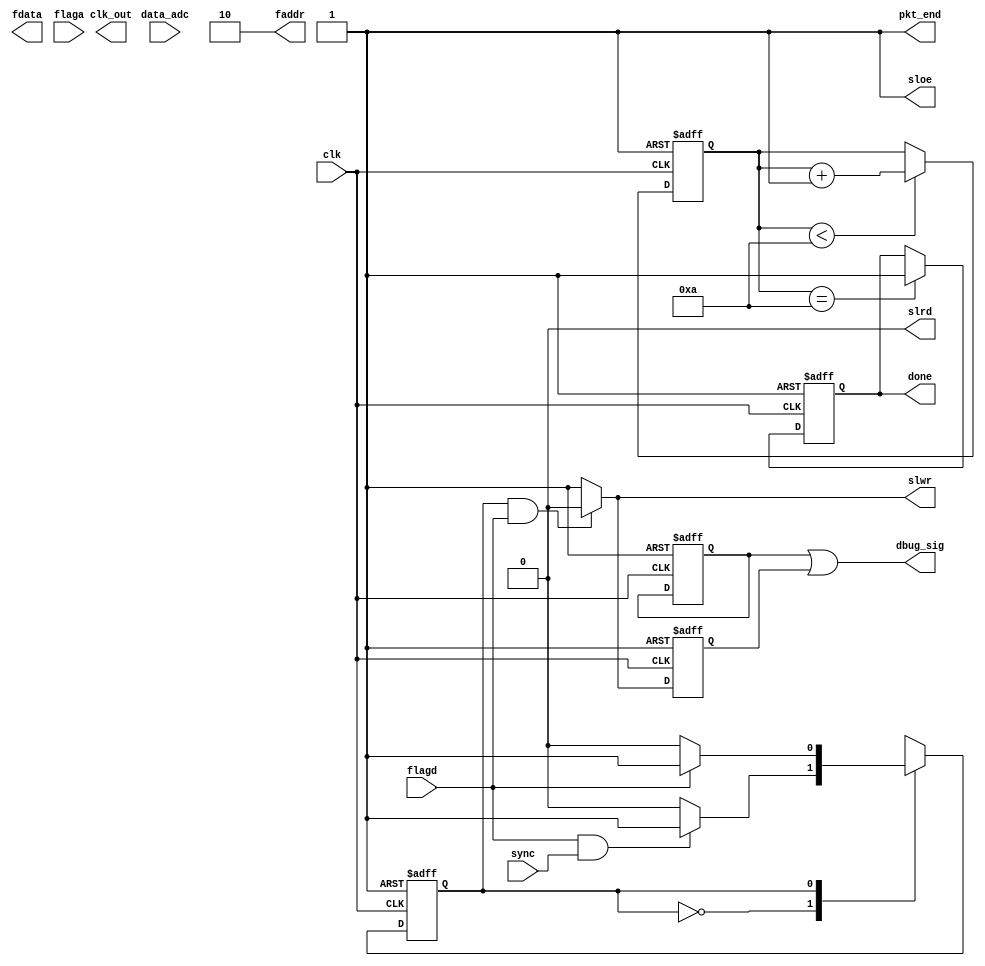
module fx2lp_slaveFIFO2b_streamIN_fpga_top(
	fdata,  
   faddr,  
   slrd,   
   slwr,   
   sloe,              
   flagd,  
   flaga,  
   clk,    
   clk_out,
	pkt_end,
	done,
	sync,
	dbug_sig,
	data_adc
);

output [15:0]fdata;
input [11:0] data_adc;
input flaga;
input flagd;
input clk;

output clk_out; 
output [1:0]faddr;
output sloe;
output slwr;
output slrd;
output pkt_end;
output done;
input sync;

output dbug_sig;

reg slrd_d_n;

reg [7:0] fifo_data_in;
reg [7:0] fifo_data_out;
reg [15:0] data_out2;
//reg [7:0] data_out2;

reg slrd_n;
reg slwr_n;
reg sloe_n;


wire reset_n;
wire reset = 1'b0; //1'b0;

parameter stream_in_idle   = 1'b0;
parameter stream_in_write  = 1'b1;

reg current_stream_in_state;
reg next_stream_in_state;

reg done_d;
reg [3:0]wait_s;

wire clk_out_0;
wire clk_out_90;
wire clk_out_180;
wire clk_out_270;

reg [6:0]count;

assign reset_n = ~reset;

assign clk_out_0 = clk;
assign slwr = slwr_n;
assign slrd = slrd_n;
assign sloe = sloe_n;
assign pkt_end = 1'b1;
//assign fdata[7:0] = data_out2[7:0];
assign fdata[15:0] = data_out2[15:0];
assign faddr = 2'b10;
assign done = done_d;

initial
	begin
	
		slrd_n = 1'b0; //1'b0
		slwr_n = 1'b1; //1'b1
		sloe_n = 1'b1; //1'b1
	
	end


always@(posedge clk_out_0, negedge reset_n) begin
	if(reset_n == 1'b0)begin
		done_d <= 1'b0;
 	end else if(wait_s == 4'd10) begin
		done_d <= 1'b1;

	end
end	

always@(posedge clk_out_0, negedge reset_n) begin
	if(reset_n == 1'b0)begin
		wait_s <= 4'd0;
 	end else if(wait_s < 4'd10) begin
		wait_s <= wait_s + 1'b1;

	end
end	


//1'b0;
//write control signal generation
always@(*)begin
	if((current_stream_in_state == stream_in_write) & (flagd == 1'b1))
		slwr_n <= 1'b0;
	else
		slwr_n <= 1'b1;
end

//dbugging 
reg flagd_d;
reg slwr_n_d;

always@(posedge clk_out_0, negedge reset_n) begin
	if(reset_n == 1'b0)begin
		flagd_d  <= 1'b0;
		slwr_n_d <= 1'b1;
 	end else begin
		flagd_d  <= flagd_d;
		slwr_n_d <= slwr_n;
	end
end	

assign dbug_sig = flagd_d | slwr_n_d;

//loopback mode state machine 
always@(posedge clk_out_0, negedge reset_n) begin
	if(reset_n == 1'b0)
      		current_stream_in_state <= stream_in_idle;
        else
                current_stream_in_state <= next_stream_in_state;
end

//LoopBack mode state machine combo
always@(*) begin
	next_stream_in_state = current_stream_in_state;
	case(current_stream_in_state)
		stream_in_idle:begin
			if((flagd == 1'b1) & (sync == 1'b1))
				next_stream_in_state = stream_in_write;
			else
				next_stream_in_state = stream_in_idle;
		end
		stream_in_write:begin
			if(flagd == 1'b0)
				next_stream_in_state = stream_in_idle;
			else
				next_stream_in_state = stream_in_write;
		end
		default: 
			next_stream_in_state = stream_in_idle;
	endcase
end


//data generator counter

/*always@(posedge clk_out_0, negedge reset_n)begin
	if(reset_n == 1'b0)
		data_out2 <= 8'd0;//data_out1 <= 16'd0;
	else if(slwr_n == 1'b0)
		//data_out1 <= {4'd0, data_adc};
		count <= count+1;
	   case (count)
			 8'b00000000: data_out2 <= 8'b01111111;
			 8'b00000001: data_out2 <= 8'b10000010;
			 8'b00000010: data_out2 <= 8'b10000101;
			 8'b00000011: data_out2 <= 8'b10001000;
			 8'b00000100: data_out2 <= 8'b10001011;
			 8'b00000101: data_out2 <= 8'b10001111;
			 8'b00000110: data_out2 <= 8'b10010010;
			 8'b00000111: data_out2 <= 8'b10010101;
			 8'b00001000: data_out2 <= 8'b10011000;
			 8'b00001001: data_out2 <= 8'b10011011;
			 8'b00001010: data_out2 <= 8'b10011110;
			 8'b00001011: data_out2 <= 8'b10100001;
			 8'b00001100: data_out2 <= 8'b10100100;
			 8'b00001101: data_out2 <= 8'b10100111;
			 8'b00001110: data_out2 <= 8'b10101010;
			 8'b00001111: data_out2 <= 8'b10101101;
			 8'b00010000: data_out2 <= 8'b10110000;
			 8'b00010001: data_out2 <= 8'b10110011;
			 8'b00010010: data_out2 <= 8'b10110101;
			 8'b00010011: data_out2 <= 8'b10111000;
			 8'b00010100: data_out2 <= 8'b10111011;
			 8'b00010101: data_out2 <= 8'b10111110;
			 8'b00010110: data_out2 <= 8'b11000001;
			 8'b00010111: data_out2 <= 8'b11000011;
			 8'b00011000: data_out2 <= 8'b11000110;
			 8'b00011001: data_out2 <= 8'b11001000;
			 8'b00011010: data_out2 <= 8'b11001011;
			 8'b00011011: data_out2 <= 8'b11001101;
			 8'b00011100: data_out2 <= 8'b11010000;
			 8'b00011101: data_out2 <= 8'b11010010;
			 8'b00011110: data_out2 <= 8'b11010101;
			 8'b00011111: data_out2 <= 8'b11010111;
			 8'b00100000: data_out2 <= 8'b11011001;
			 8'b00100001: data_out2 <= 8'b11011011;
			 8'b00100010: data_out2 <= 8'b11011101;
			 8'b00100011: data_out2 <= 8'b11011111;
			 8'b00100100: data_out2 <= 8'b11100001;
			 8'b00100101: data_out2 <= 8'b11100011;
			 8'b00100110: data_out2 <= 8'b11100101;
			 8'b00100111: data_out2 <= 8'b11100111;
			 8'b00101000: data_out2 <= 8'b11101001;
			 8'b00101001: data_out2 <= 8'b11101011;
			 8'b00101010: data_out2 <= 8'b11101100;
			 8'b00101011: data_out2 <= 8'b11101110;
			 8'b00101100: data_out2 <= 8'b11101111;
			 8'b00101101: data_out2 <= 8'b11110001;
			 8'b00101110: data_out2 <= 8'b11110010;
			 8'b00101111: data_out2 <= 8'b11110011;
			 8'b00110000: data_out2 <= 8'b11110101;
			 8'b00110001: data_out2 <= 8'b11110110;
			 8'b00110010: data_out2 <= 8'b11110111;
			 8'b00110011: data_out2 <= 8'b11111000;
			 8'b00110100: data_out2 <= 8'b11111001;
			 8'b00110101: data_out2 <= 8'b11111010;
			 8'b00110110: data_out2 <= 8'b11111010;
			 8'b00110111: data_out2 <= 8'b11111011;
			 8'b00111000: data_out2 <= 8'b11111100;
			 8'b00111001: data_out2 <= 8'b11111100;
			 8'b00111010: data_out2 <= 8'b11111101;
			 8'b00111011: data_out2 <= 8'b11111101;
			 8'b00111100: data_out2 <= 8'b11111101;
			 8'b00111101: data_out2 <= 8'b11111110;
			 8'b00111110: data_out2 <= 8'b11111110;
			 8'b00111111: data_out2 <= 8'b11111110;
			 8'b01000000: data_out2 <= 8'b11111110;
			 8'b01000001: data_out2 <= 8'b11111110;
			 8'b01000010: data_out2 <= 8'b11111110;
			 8'b01000011: data_out2 <= 8'b11111110;
			 8'b01000100: data_out2 <= 8'b11111101;
			 8'b01000101: data_out2 <= 8'b11111101;
			 8'b01000110: data_out2 <= 8'b11111100;
			 8'b01000111: data_out2 <= 8'b11111100;
			 8'b01001000: data_out2 <= 8'b11111011;
			 8'b01001001: data_out2 <= 8'b11111011;
			 8'b01001010: data_out2 <= 8'b11111010;
			 8'b01001011: data_out2 <= 8'b11111001;
			 8'b01001100: data_out2 <= 8'b11111000;
			 8'b01001101: data_out2 <= 8'b11110111;
			 8'b01001110: data_out2 <= 8'b11110110;
			 8'b01001111: data_out2 <= 8'b11110101;
			 8'b01010000: data_out2 <= 8'b11110100;
			 8'b01010001: data_out2 <= 8'b11110011;
			 8'b01010010: data_out2 <= 8'b11110001;
			 8'b01010011: data_out2 <= 8'b11110000;
			 8'b01010100: data_out2 <= 8'b11101111;
			 8'b01010101: data_out2 <= 8'b11101101;
			 8'b01010110: data_out2 <= 8'b11101011;
			 8'b01010111: data_out2 <= 8'b11101010;
			 8'b01011000: data_out2 <= 8'b11101000;
			 8'b01011001: data_out2 <= 8'b11100110;
			 8'b01011010: data_out2 <= 8'b11100100;
			 8'b01011011: data_out2 <= 8'b11100010;
			 8'b01011100: data_out2 <= 8'b11100000;
			 8'b01011101: data_out2 <= 8'b11011110;
			 8'b01011110: data_out2 <= 8'b11011100;
			 8'b01011111: data_out2 <= 8'b11011010;
			 8'b01100000: data_out2 <= 8'b11011000;
			 8'b01100001: data_out2 <= 8'b11010110;
			 8'b01100010: data_out2 <= 8'b11010011;
			 8'b01100011: data_out2 <= 8'b11010001;
			 8'b01100100: data_out2 <= 8'b11001111;
			 8'b01100101: data_out2 <= 8'b11001100;
			 8'b01100110: data_out2 <= 8'b11001010;
			 8'b01100111: data_out2 <= 8'b11000111;
			 8'b01101000: data_out2 <= 8'b11000100;
			 8'b01101001: data_out2 <= 8'b11000010;
			 8'b01101010: data_out2 <= 8'b10111111;
			 8'b01101011: data_out2 <= 8'b10111100;
			 8'b01101100: data_out2 <= 8'b10111010;
			 8'b01101101: data_out2 <= 8'b10110111;
			 8'b01101110: data_out2 <= 8'b10110100;
			 8'b01101111: data_out2 <= 8'b10110001;
			 8'b01110000: data_out2 <= 8'b10101110;
			 8'b01110001: data_out2 <= 8'b10101011;
			 8'b01110010: data_out2 <= 8'b10101000;
			 8'b01110011: data_out2 <= 8'b10100110;
			 8'b01110100: data_out2 <= 8'b10100011;
			 8'b01110101: data_out2 <= 8'b10011111;
			 8'b01110110: data_out2 <= 8'b10011100;
			 8'b01110111: data_out2 <= 8'b10011001;
			 8'b01111000: data_out2 <= 8'b10010110;
			 8'b01111001: data_out2 <= 8'b10010011;
			 8'b01111010: data_out2 <= 8'b10010000;
			 8'b01111011: data_out2 <= 8'b10001101;
			 8'b01111100: data_out2 <= 8'b10001010;
			 8'b01111101: data_out2 <= 8'b10000111;
			 8'b01111110: data_out2 <= 8'b10000100;
			 8'b01111111: data_out2 <= 8'b10000001;
			 8'b10000000: data_out2 <= 8'b01111101;
			 8'b10000001: data_out2 <= 8'b01111010;
			 8'b10000010: data_out2 <= 8'b01110111;
			 8'b10000011: data_out2 <= 8'b01110100;
			 8'b10000100: data_out2 <= 8'b01110001;
			 8'b10000101: data_out2 <= 8'b01101110;
			 8'b10000110: data_out2 <= 8'b01101011;
			 8'b10000111: data_out2 <= 8'b01101000;
			 8'b10001000: data_out2 <= 8'b01100101;
			 8'b10001001: data_out2 <= 8'b01100010;
			 8'b10001010: data_out2 <= 8'b01011111;
			 8'b10001011: data_out2 <= 8'b01011011;
			 8'b10001100: data_out2 <= 8'b01011000;
			 8'b10001101: data_out2 <= 8'b01010110;
			 8'b10001110: data_out2 <= 8'b01010011;
			 8'b10001111: data_out2 <= 8'b01010000;
			 8'b10010000: data_out2 <= 8'b01001101;
			 8'b10010001: data_out2 <= 8'b01001010;
			 8'b10010010: data_out2 <= 8'b01000111;
			 8'b10010011: data_out2 <= 8'b01000100;
			 8'b10010100: data_out2 <= 8'b01000010;
			 8'b10010101: data_out2 <= 8'b00111111;
			 8'b10010110: data_out2 <= 8'b00111100;
			 8'b10010111: data_out2 <= 8'b00111010;
			 8'b10011000: data_out2 <= 8'b00110111;
			 8'b10011001: data_out2 <= 8'b00110100;
			 8'b10011010: data_out2 <= 8'b00110010;
			 8'b10011011: data_out2 <= 8'b00101111;
			 8'b10011100: data_out2 <= 8'b00101101;
			 8'b10011101: data_out2 <= 8'b00101011;
			 8'b10011110: data_out2 <= 8'b00101000;
			 8'b10011111: data_out2 <= 8'b00100110;
			 8'b10100000: data_out2 <= 8'b00100100;
			 8'b10100001: data_out2 <= 8'b00100010;
			 8'b10100010: data_out2 <= 8'b00100000;
			 8'b10100011: data_out2 <= 8'b00011110;
			 8'b10100100: data_out2 <= 8'b00011100;
			 8'b10100101: data_out2 <= 8'b00011010;
			 8'b10100110: data_out2 <= 8'b00011000;
			 8'b10100111: data_out2 <= 8'b00010110;
			 8'b10101000: data_out2 <= 8'b00010100;
			 8'b10101001: data_out2 <= 8'b00010011;
			 8'b10101010: data_out2 <= 8'b00010001;
			 8'b10101011: data_out2 <= 8'b00001111;
			 8'b10101100: data_out2 <= 8'b00001110;
			 8'b10101101: data_out2 <= 8'b00001101;
			 8'b10101110: data_out2 <= 8'b00001011;
			 8'b10101111: data_out2 <= 8'b00001010;
			 8'b10110000: data_out2 <= 8'b00001001;
			 8'b10110001: data_out2 <= 8'b00001000;
			 8'b10110010: data_out2 <= 8'b00000111;
			 8'b10110011: data_out2 <= 8'b00000110;
			 8'b10110100: data_out2 <= 8'b00000101;
			 8'b10110101: data_out2 <= 8'b00000100;
			 8'b10110110: data_out2 <= 8'b00000011;
			 8'b10110111: data_out2 <= 8'b00000011;
			 8'b10111000: data_out2 <= 8'b00000010;
			 8'b10111001: data_out2 <= 8'b00000010;
			 8'b10111010: data_out2 <= 8'b00000001;
			 8'b10111011: data_out2 <= 8'b00000001;
			 8'b10111100: data_out2 <= 8'b00000000;
			 8'b10111101: data_out2 <= 8'b00000000;
			 8'b10111110: data_out2 <= 8'b00000000;
			 8'b10111111: data_out2 <= 8'b00000000;
			 8'b11000000: data_out2 <= 8'b00000000;
			 8'b11000001: data_out2 <= 8'b00000000;
			 8'b11000010: data_out2 <= 8'b00000000;
			 8'b11000011: data_out2 <= 8'b00000001;
			 8'b11000100: data_out2 <= 8'b00000001;
			 8'b11000101: data_out2 <= 8'b00000001;
			 8'b11000110: data_out2 <= 8'b00000010;
			 8'b11000111: data_out2 <= 8'b00000010;
			 8'b11001000: data_out2 <= 8'b00000011;
			 8'b11001001: data_out2 <= 8'b00000100;
			 8'b11001010: data_out2 <= 8'b00000100;
			 8'b11001011: data_out2 <= 8'b00000101;
			 8'b11001100: data_out2 <= 8'b00000110;
			 8'b11001101: data_out2 <= 8'b00000111;
			 8'b11001110: data_out2 <= 8'b00001000;
			 8'b11001111: data_out2 <= 8'b00001001;
			 8'b11010000: data_out2 <= 8'b00001011;
			 8'b11010001: data_out2 <= 8'b00001100;
			 8'b11010010: data_out2 <= 8'b00001101;
			 8'b11010011: data_out2 <= 8'b00001111;
			 8'b11010100: data_out2 <= 8'b00010000;
			 8'b11010101: data_out2 <= 8'b00010010;
			 8'b11010110: data_out2 <= 8'b00010011;
			 8'b11010111: data_out2 <= 8'b00010101;
			 8'b11011000: data_out2 <= 8'b00010111;
			 8'b11011001: data_out2 <= 8'b00011001;
			 8'b11011010: data_out2 <= 8'b00011011;
			 8'b11011011: data_out2 <= 8'b00011101;
			 8'b11011100: data_out2 <= 8'b00011111;
			 8'b11011101: data_out2 <= 8'b00100001;
			 8'b11011110: data_out2 <= 8'b00100011;
			 8'b11011111: data_out2 <= 8'b00100101;
			 8'b11100000: data_out2 <= 8'b00100111;
			 8'b11100001: data_out2 <= 8'b00101001;
			 8'b11100010: data_out2 <= 8'b00101100;
			 8'b11100011: data_out2 <= 8'b00101110;
			 8'b11100100: data_out2 <= 8'b00110001;
			 8'b11100101: data_out2 <= 8'b00110011;
			 8'b11100110: data_out2 <= 8'b00110110;
			 8'b11100111: data_out2 <= 8'b00111000;
			 8'b11101000: data_out2 <= 8'b00111011;
			 8'b11101001: data_out2 <= 8'b00111101;
			 8'b11101010: data_out2 <= 8'b01000000;
			 8'b11101011: data_out2 <= 8'b01000011;
			 8'b11101100: data_out2 <= 8'b01000110;
			 8'b11101101: data_out2 <= 8'b01001001;
			 8'b11101110: data_out2 <= 8'b01001011;
			 8'b11101111: data_out2 <= 8'b01001110;
			 8'b11110000: data_out2 <= 8'b01010001;
			 8'b11110001: data_out2 <= 8'b01010100;
			 8'b11110010: data_out2 <= 8'b01010111;
			 8'b11110011: data_out2 <= 8'b01011010;
			 8'b11110100: data_out2 <= 8'b01011101;
			 8'b11110101: data_out2 <= 8'b01100000;
			 8'b11110110: data_out2 <= 8'b01100011;
			 8'b11110111: data_out2 <= 8'b01100110;
			 8'b11111000: data_out2 <= 8'b01101001;
			 8'b11111001: data_out2 <= 8'b01101100;
			 8'b11111010: data_out2 <= 8'b01101111;
			 8'b11111011: data_out2 <= 8'b01110011;
			 8'b11111100: data_out2 <= 8'b01110110;
			 8'b11111101: data_out2 <= 8'b01111001;
			 8'b11111110: data_out2 <= 8'b01111100;
			default: data_out2 <= data_out2;
	  endcase
end	*/

/*always@(posedge clk_out_0, negedge reset_n)begin
	if(reset_n == 1'b0)
		data_out2 <= 16'd0;
	else if(slwr_n == 1'b0)
	  count <= count+1;
     case (count)
        16'b0000000: data_out2 <= 16'b1111111111111111;
        16'b0000001: data_out2 <= 16'b1111111111011000;
        16'b0000010: data_out2 <= 16'b1111111101100000;
        16'b0000011: data_out2 <= 16'b1111111010011000;
        16'b0000100: data_out2 <= 16'b1111110110000000;
        16'b0000101: data_out2 <= 16'b1111110000011011;
        16'b0000110: data_out2 <= 16'b1111101001100111;
        16'b0000111: data_out2 <= 16'b1111100001100111;
        16'b0001000: data_out2 <= 16'b1111011000011011;
        16'b0001001: data_out2 <= 16'b1111001110000101;
        16'b0001010: data_out2 <= 16'b1111000010100111;
        16'b0001011: data_out2 <= 16'b1110110110000010;
        16'b0001100: data_out2 <= 16'b1110101000011001;
        16'b0001101: data_out2 <= 16'b1110011001101101;
        16'b0001110: data_out2 <= 16'b1110001010000001;
        16'b0001111: data_out2 <= 16'b1101111001010111;
        16'b0010000: data_out2 <= 16'b1101100111110011;
        16'b0010001: data_out2 <= 16'b1101010101010110;
        16'b0010010: data_out2 <= 16'b1101000010000011;
        16'b0010011: data_out2 <= 16'b1100101101111110;
        16'b0010100: data_out2 <= 16'b1100011001001010;
        16'b0010101: data_out2 <= 16'b1100000011101001;
        16'b0010110: data_out2 <= 16'b1011101101100000;
        16'b0010111: data_out2 <= 16'b1011010110110010;
        16'b0011000: data_out2 <= 16'b1010111111100010;
        16'b0011001: data_out2 <= 16'b1010100111110101;
        16'b0011010: data_out2 <= 16'b1010001111101100;
        16'b0011011: data_out2 <= 16'b1001110111001110;
        16'b0011100: data_out2 <= 16'b1001011110011101;
        16'b0011101: data_out2 <= 16'b1001000101011100;
        16'b0011110: data_out2 <= 16'b1000101100010001;
        16'b0011111: data_out2 <= 16'b1000010011000000;
        16'b0100000: data_out2 <= 16'b0111111001101011;
        16'b0100001: data_out2 <= 16'b0111100000010111;
        16'b0100010: data_out2 <= 16'b0111000111001000;
        16'b0100011: data_out2 <= 16'b0110101110000010;
        16'b0100100: data_out2 <= 16'b0110010101001001;
        16'b0100101: data_out2 <= 16'b0101111100100000;
        16'b0100110: data_out2 <= 16'b0101100100001100;
        16'b0100111: data_out2 <= 16'b0101001100010001;
        16'b0101000: data_out2 <= 16'b0100110100110010;
        16'b0101001: data_out2 <= 16'b0100011101110010;
        16'b0101010: data_out2 <= 16'b0100000111010110;
        16'b0101011: data_out2 <= 16'b0011110001100001;
        16'b0101100: data_out2 <= 16'b0011011100010110;
        16'b0101101: data_out2 <= 16'b0011000111111001;
        16'b0101110: data_out2 <= 16'b0010110100001101;
        16'b0101111: data_out2 <= 16'b0010100001010101;
        16'b0110000: data_out2 <= 16'b0010001111010100;
        16'b0110001: data_out2 <= 16'b0001111110001100;
        16'b0110010: data_out2 <= 16'b0001101110000001;
        16'b0110011: data_out2 <= 16'b0001011110110101;
        16'b0110100: data_out2 <= 16'b0001010000101010;
        16'b0110101: data_out2 <= 16'b0001000011100011;
        16'b0110110: data_out2 <= 16'b0000110111100001;
        16'b0110111: data_out2 <= 16'b0000101100100111;
        16'b0111000: data_out2 <= 16'b0000100010110110;
        16'b0111001: data_out2 <= 16'b0000011010010000;
        16'b0111010: data_out2 <= 16'b0000010010110110;
        16'b0111011: data_out2 <= 16'b0000001100101001;
        16'b0111100: data_out2 <= 16'b0000000111101010;
        16'b0111101: data_out2 <= 16'b0000000011111010;
        16'b0111110: data_out2 <= 16'b0000000001011010;
        16'b0111111: data_out2 <= 16'b0000000000001010;
        16'b1000000: data_out2 <= 16'b0000000000001010;
        16'b1000001: data_out2 <= 16'b0000000001011010;
        16'b1000010: data_out2 <= 16'b0000000011111010;
        16'b1000011: data_out2 <= 16'b0000000111101010;
        16'b1000100: data_out2 <= 16'b0000001100101001;
        16'b1000101: data_out2 <= 16'b0000010010110110;
        16'b1000110: data_out2 <= 16'b0000011010010000;
        16'b1000111: data_out2 <= 16'b0000100010110110;
        16'b1001000: data_out2 <= 16'b0000101100100111;
        16'b1001001: data_out2 <= 16'b0000110111100001;
        16'b1001010: data_out2 <= 16'b0001000011100011;
        16'b1001011: data_out2 <= 16'b0001010000101010;
        16'b1001100: data_out2 <= 16'b0001011110110101;
        16'b1001101: data_out2 <= 16'b0001101110000001;
        16'b1001110: data_out2 <= 16'b0001111110001100;
        16'b1001111: data_out2 <= 16'b0010001111010100;
        16'b1010000: data_out2 <= 16'b0010100001010101;
        16'b1010001: data_out2 <= 16'b0010110100001101;
        16'b1010010: data_out2 <= 16'b0011000111111001;
        16'b1010011: data_out2 <= 16'b0011011100010110;
        16'b1010100: data_out2 <= 16'b0011110001100001;
        16'b1010101: data_out2 <= 16'b0100000111010110;
        16'b1010110: data_out2 <= 16'b0100011101110010;
        16'b1010111: data_out2 <= 16'b0100110100110010;
        16'b1011000: data_out2 <= 16'b0101001100010001;
        16'b1011001: data_out2 <= 16'b0101100100001100;
        16'b1011010: data_out2 <= 16'b0101111100100000;
        16'b1011011: data_out2 <= 16'b0110010101001001;
        16'b1011100: data_out2 <= 16'b0110101110000010;
        16'b1011101: data_out2 <= 16'b0111000111001000;
        16'b1011110: data_out2 <= 16'b0111100000010111;
        16'b1011111: data_out2 <= 16'b0111111001101011;
        16'b1100000: data_out2 <= 16'b1000010011000000;
        16'b1100001: data_out2 <= 16'b1000101100010001;
        16'b1100010: data_out2 <= 16'b1001000101011100;
        16'b1100011: data_out2 <= 16'b1001011110011101;
        16'b1100100: data_out2 <= 16'b1001110111001110;
        16'b1100101: data_out2 <= 16'b1010001111101100;
        16'b1100110: data_out2 <= 16'b1010100111110101;
        16'b1100111: data_out2always@(posedge clk_out_0, negedge reset_n)begin
 <= 16'b1010111111100010;
        16'b1101000: data_out2 <= 16'b1011010110110010;
        16'b1101001: data_out2 <= 16'b1011101101100000;
        16'b1101010: data_out2 <= 16'b1100000011101001;
        16'b1101011: data_out2 <= 16'b1100011001001010;
        16'b1101100: data_out2 <= 16'b1100101101111110;
        16'b1101101: data_out2 <= 16'b1101000010000011;
        16'b1101110: data_out2 <= 16'b1101010101010110;
        16'b1101111: data_out2 <= 16'b1101100111110011;
        16'b1110000: data_out2 <= 16'b1101111001010111;
        16'b1110001: data_out2 <= 16'b1110001010000001;
        16'b1110010: data_out2 <= 16'b1110011001101101;
        16'b1110011: data_out2 <= 16'b1110101000011001;
        16'b1110100: data_out2 <= 16'b1110110110000010;
        16'b1110101: data_out2 <= 16'b1111000010100111;
        16'b1110110: data_out2 <= 16'b1111001110000101;
        16'b1110111: data_out2 <= 16'b1111011000011011;
        16'b1111000: data_out2 <= 16'b1111100001100111;
        16'b1111001: data_out2 <= 16'b1111101001100111;
        16'b1111010: data_out2 <= 16'b1111110000011011;
        16'b1111011: data_out2 <= 16'b1111110110000000;
        16'b1111100: data_out2 <= 16'b1111111010011000;
        16'b1111101: data_out2 <= 16'b1111111101100000;
        16'b1111110: data_out2 <= 16'b1111111111011000;
        16'b1111111: data_out2 <= 16'b1111111111111111;
        default: data_out2 <= 0;
    endcase
end*/






endmodule